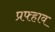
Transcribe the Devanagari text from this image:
प्रफ्हाव